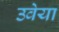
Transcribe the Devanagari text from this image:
उवेया